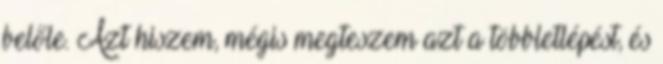
belőle. Azt hiszem, mégis megteszem azt a többletlépést, és